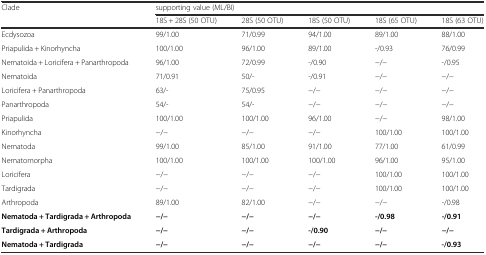
| <ROWSPAN=2> Clade | <COLSPAN=5> supporting value (ML/BI) |
 | 18S + 28S (50 OTU) | 28S (50 OTU) | 18S (50 OTU) | 18S (65 OTU) | 18S (63 OTU) |
 | --- | --- | --- | --- | --- | --- |
 | Ecdysozoa | 99/1.00 | 71/0.99 | 94/1.00 | 89/1.00 | 88/1.00 |
 | Priapulida + Kinorhyncha | 100/1.00 | 96/1.00 | 89/1.00 | -/0.93 | 76/0.99 |
 | Nematoida + Loricifera + Panarthropoda | 96/1.00 | 72/0.99 | -/0.90 | −/− | -/0.95 |
 | Nematoida | 71/0.91 | 50/- | -/0.91 | −/− | −/− |
 | Loricifera + Panarthropoda | 63/- | 75/0.95 | −/− | −/− | −/− |
 | Panarthropoda | 54/- | 54/- | −/− | −/− | −/− |
 | Priapulida | 100/1.00 | 100/1.00 | 96/1.00 | −/− | 98/1.00 |
 | Kinorhyncha | −/− | −/− | −/− | 100/1.00 | 100/1.00 |
 | Nematoda | 99/1.00 | 85/1.00 | 91/1.00 | 77/1.00 | 61/0.99 |
 | Nematomorpha | 100/1.00 | 100/1.00 | 100/1.00 | 96/1.00 | 95/1.00 |
 | Loricifera | −/− | −/− | −/− | 100/1.00 | 100/1.00 |
 | Tardigrada | −/− | −/− | −/− | 100/1.00 | 100/1.00 |
 | Arthropoda | 89/1.00 | 82/1.00 | −/− | −/− | -/0.98 |
 | Nematoda + Tardigrada + Arthropoda | −/− | −/− | −/− | -/0.98 | -/0.91 |
 | Tardigrada + Arthropoda | −/− | −/− | -/0.90 | −/− | −/− |
 | Nematoda + Tardigrada | −/− | −/− | −/− | −/− | -/0.93 |